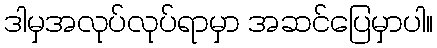
ဒါမှအလုပ်လုပ်ရာမှာ အဆင်ပြေမှာပါ။